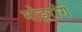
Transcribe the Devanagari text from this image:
मोइरांग